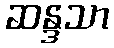
ဆန္ဒသာ